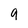
Character: 9